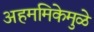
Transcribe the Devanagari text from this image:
अहममिकेमुळे